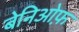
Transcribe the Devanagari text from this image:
बेनिओफ़